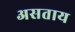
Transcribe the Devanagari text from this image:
असताय